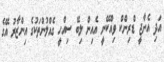
އަދި އެނާޖީ ޑްރިންކް ވިއްކޭނީ އެއިން ލިބޭ ސިއްހީ ގެއްލުންތަކުގެ އިންޒާރު އޭގެ